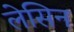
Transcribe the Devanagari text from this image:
लेसिन